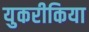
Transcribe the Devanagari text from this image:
युकरीकिया